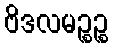
ဗိဒလမဉ္စဉ္စ